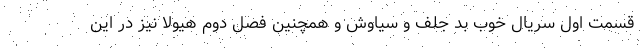
قسمت اول سریال خوب بد جلف و سیاوش و همچنین فصل دوم هیولا نیز در این